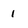
Character: 1